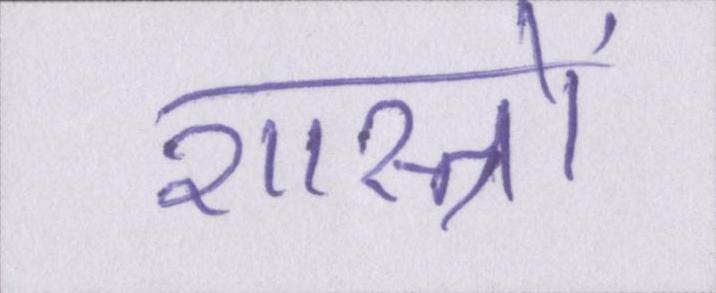
शास्त्रों